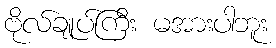
ဗိုလ်ချုပ်ကြီး မအားပါဘူး